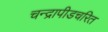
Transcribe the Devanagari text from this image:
चन्द्रापीडचरित